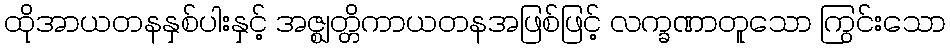
ထိုအာယတနနှစ်ပါးနှင့် အဇ္ဈတ္တိကာယတနအဖြစ်ဖြင့် လက္ခဏာတူသော ကြွင်းသော